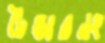
টেন্ডারনং